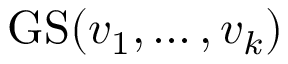
\operatorname { G S } ( v _ { 1 } , \dots , v _ { k } )